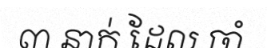
៣ នាក់ ដែល ចាំ